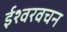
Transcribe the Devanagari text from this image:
ईश्वरवचन